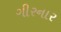
ગીરનાર